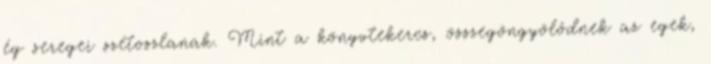
ég seregei szétoszlanak. Mint a könyvtekercs, összegöngyölődnek az egek,